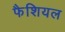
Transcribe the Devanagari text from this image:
फैशियल